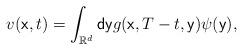
LaTeX: \begin{align*}v(\mathsf{x},t)=\int_{\mathbb{R}^{d}}\mathsf{dy}g(\mathsf{x},T-t,\mathsf{y})\psi (\mathsf{y),}\end{align*}